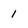
Character: 1